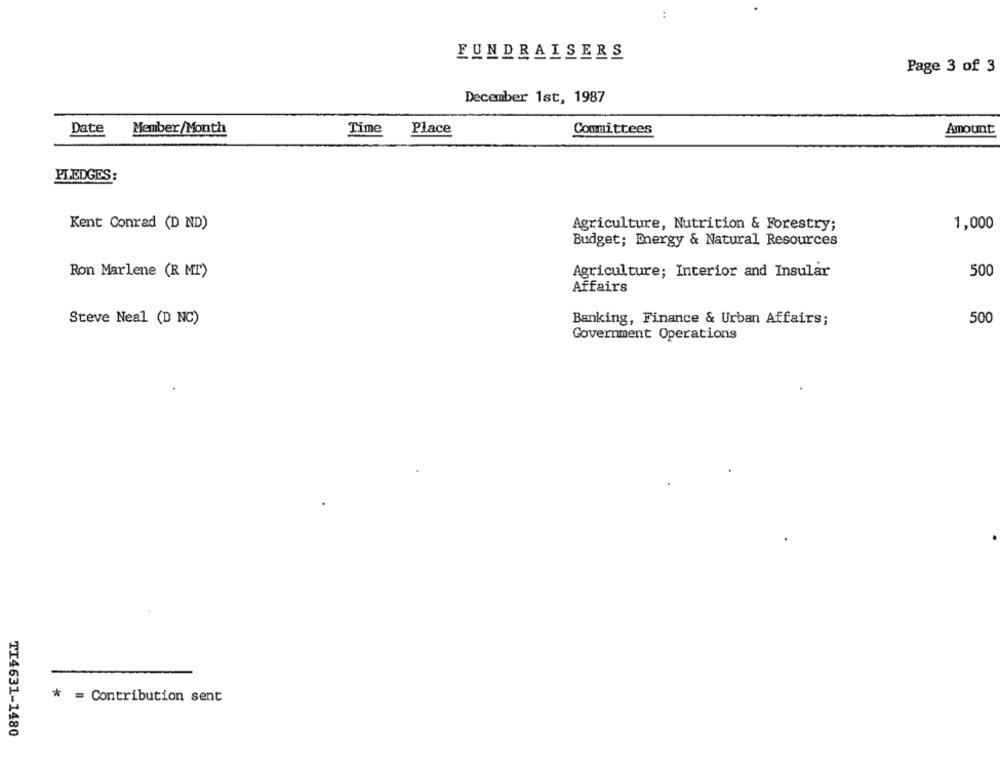
FUNDRAISERS
Page 3 of 3
December 1st, 1987
Date
Member/Month
Time
Place
Committees
Amount
PLEDGES:
Kent Conrad (D ND)
Agriculture, Nutrition & Forestry;
1,000
Budget; Energy & Natural Resources
Ron Marlene (R MT)
Agriculture; Interior and Insular
500
Affairs
500
Steve Neal (D NC)
Banking, Finance & Urban Affairs;
Government Operations
* = Contribution sent
TI4631-1480